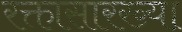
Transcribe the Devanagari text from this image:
रक्तासारख्या